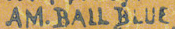
AM.BALL BLUE